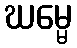
ဃမ္မေ